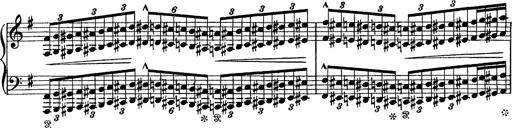
Title: Tarantelle di bravura dâ€™aprÃ¨s la tarantelle de La muette de Portici
Composer: Franz Liszt